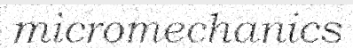
micromechanics